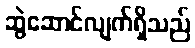
ဆွဲဆောင်လျက်ရှိသည်